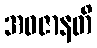
အဝဇာနတိ